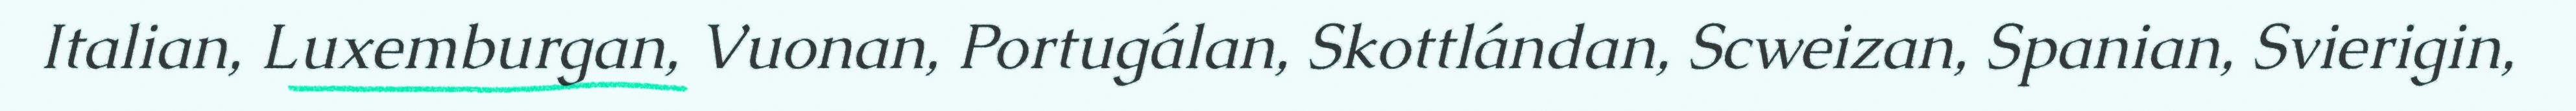
Italian, Luxemburgan, Vuonan, Portugálan, Skottlándan, Scweizan, Spanian, Svierigin,